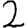
Digit: 2